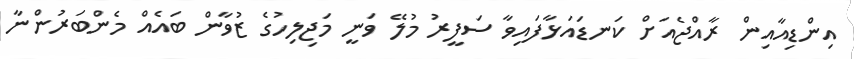
އިންޑިއާއިން ރާއްޖެއަށް ކަނޑައަޅާފައިވާ ސަފީރު މުލޭ ވަނީ މަޖިލިހުގެ ޒުވާން ބައެއް މެންބަރުންނާ